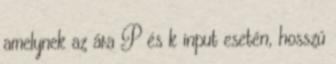
amelynek az ára P és k input esetén, hosszú